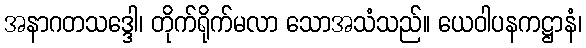
အနာဂတသဒ္ဒေါ၊ တိုက်ရိုက်မလာ သောအသံသည်။ ယေဝါပနကဋ္ဌာနံ၊